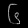
Digit: ၆